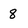
Character: 8